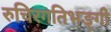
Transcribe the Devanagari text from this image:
रुचिरगतिभङ्गी